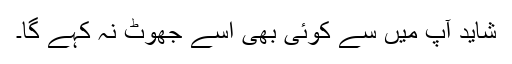
شاید آپ میں سے کوئی بھی اسے جھوٹ نہ کہے گا۔